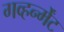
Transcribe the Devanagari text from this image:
गव्हर्न्मेंट